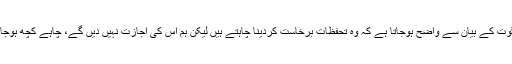
بھاگوت کے بیان سے واضح ہوجاتا ہے کہ وہ تحفظات برخاست کردینا چاہتے ہیں لیکن ہم اُس کی اجازت نہیں دیں گے، چاہے کچھ ہوجائے۔